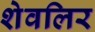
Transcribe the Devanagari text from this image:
शेवलिर